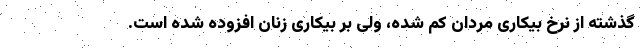
گذشته از نرخ بیکاری مردان کم شده، ولی بر بیکاری زنان افزوده شده است.